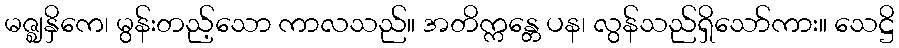
မဇ္ဈနှိကေ၊ မွန်းတည့်သော ကာလသည်။ အတိက္ကန္တေ ပန၊ လွန်သည်ရှိသော်ကား။ သေဋ္ဌိ